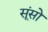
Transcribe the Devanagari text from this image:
सूंसो